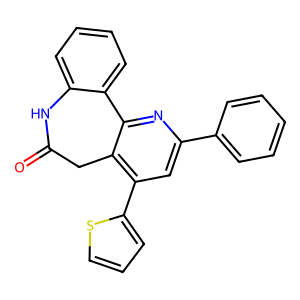
SMILES: O=C1Cc2c(-c3cccs3)cc(-c3ccccc3)nc2-c2ccccc2N1
Inhibits HIV replication: No